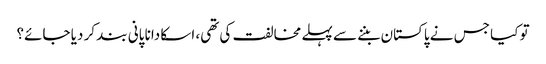
تو کیا جس نے پاکستان بننے سے پہلے مخالفت کی تھی، اسکا دانا پانی بند کر دیا جائے؟